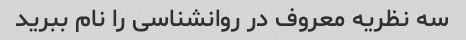
سه نظریه معروف در روانشناسی را نام ببرید